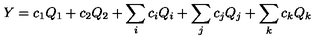
Y = c _ { 1 } Q _ { 1 } + c _ { 2 } Q _ { 2 } + \sum _ { i } c _ { i } Q _ { i } + \sum _ { j } c _ { j } Q _ { j } + \sum _ { k } c _ { k } Q _ { k }